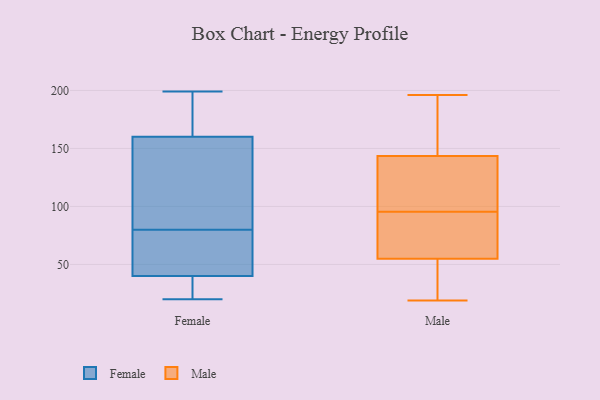
{"axis": {"x": "Revenue (USD Million)", "y": "Value"}, "legend": ["Female", "Male"], "data": [{"x": "", "y": 83, "type": "Female"}, {"x": "", "y": 37, "type": "Female"}, {"x": "", "y": 91, "type": "Female"}, {"x": "", "y": 20, "type": "Female"}, {"x": "", "y": 80, "type": "Female"}, {"x": "", "y": 196, "type": "Female"}, {"x": "", "y": 67, "type": "Female"}, {"x": "", "y": 80, "type": "Female"}, {"x": "", "y": 49, "type": "Female"}, {"x": "", "y": 33, "type": "Female"}, {"x": "", "y": 55, "type": "Female"}, {"x": "", "y": 196, "type": "Female"}, {"x": "", "y": 183, "type": "Female"}, {"x": "", "y": 35, "type": "Female"}, {"x": "", "y": 199, "type": "Female"}, {"x": "", "y": 88, "type": "Male"}, {"x": "", "y": 84, "type": "Male"}, {"x": "", "y": 107, "type": "Male"}, {"x": "", "y": 56, "type": "Male"}, {"x": "", "y": 52, "type": "Male"}, {"x": "", "y": 183, "type": "Male"}, {"x": "", "y": 168, "type": "Male"}, {"x": "", "y": 126, "type": "Male"}, {"x": "", "y": 196, "type": "Male"}, {"x": "", "y": 139, "type": "Male"}, {"x": "", "y": 74, "type": "Male"}, {"x": "", "y": 20, "type": "Male"}, {"x": "", "y": 110, "type": "Male"}, {"x": "", "y": 88, "type": "Male"}, {"x": "", "y": 103, "type": "Male"}, {"x": "", "y": 148, "type": "Male"}, {"x": "", "y": 54, "type": "Male"}, {"x": "", "y": 19, "type": "Male"}, {"x": "", "y": 188, "type": "Male"}, {"x": "", "y": 46, "type": "Male"}]}